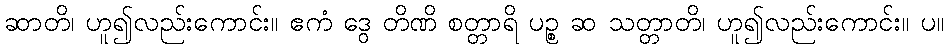
ဆာတိ၊ ဟူ၍လည်းကောင်း။ ဧကံ ဒွေ တိဏိ စတ္တာရိ ပဉ္စ ဆ သတ္တာတိ၊ ဟူ၍လည်းကောင်း။ ပ။